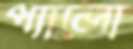
প্যালো